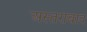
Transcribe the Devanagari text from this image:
अस्तराबाद